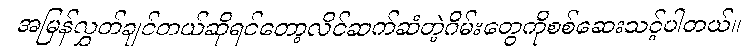
အမြန်လွှတ်ချင်တယ်ဆိုရင်တော့လိင်ဆက်ဆံတဲ့ဂိမ်းတွေကိုစစ်ဆေးသင့်ပါတယ်။